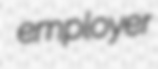
employer